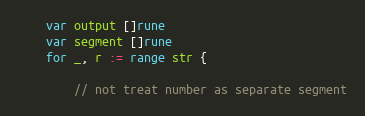
Language: Go
	var output []rune
	var segment []rune
	for _, r := range str {

		// not treat number as separate segment